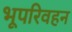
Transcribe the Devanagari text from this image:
भूपरिवहन